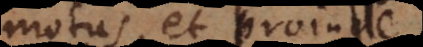
motus, et proinde